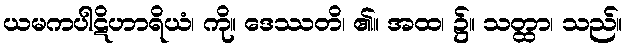
ယမကပါဋိဟာရိယံ၊ ကို။ ဒေဿတိ၊ ၏။ အထ၊ ၌။ သတ္ထာ၊ သည်။